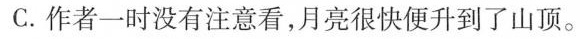
C.作者一时没有注意看,月亮很快便升到了山顶。